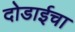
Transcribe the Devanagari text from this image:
दोडाईचा